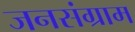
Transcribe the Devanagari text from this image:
जनसंग्राम